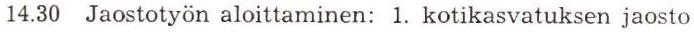
14.30 Jaostotyön aloittaminen: 1. kotikasvatuksen jaosto